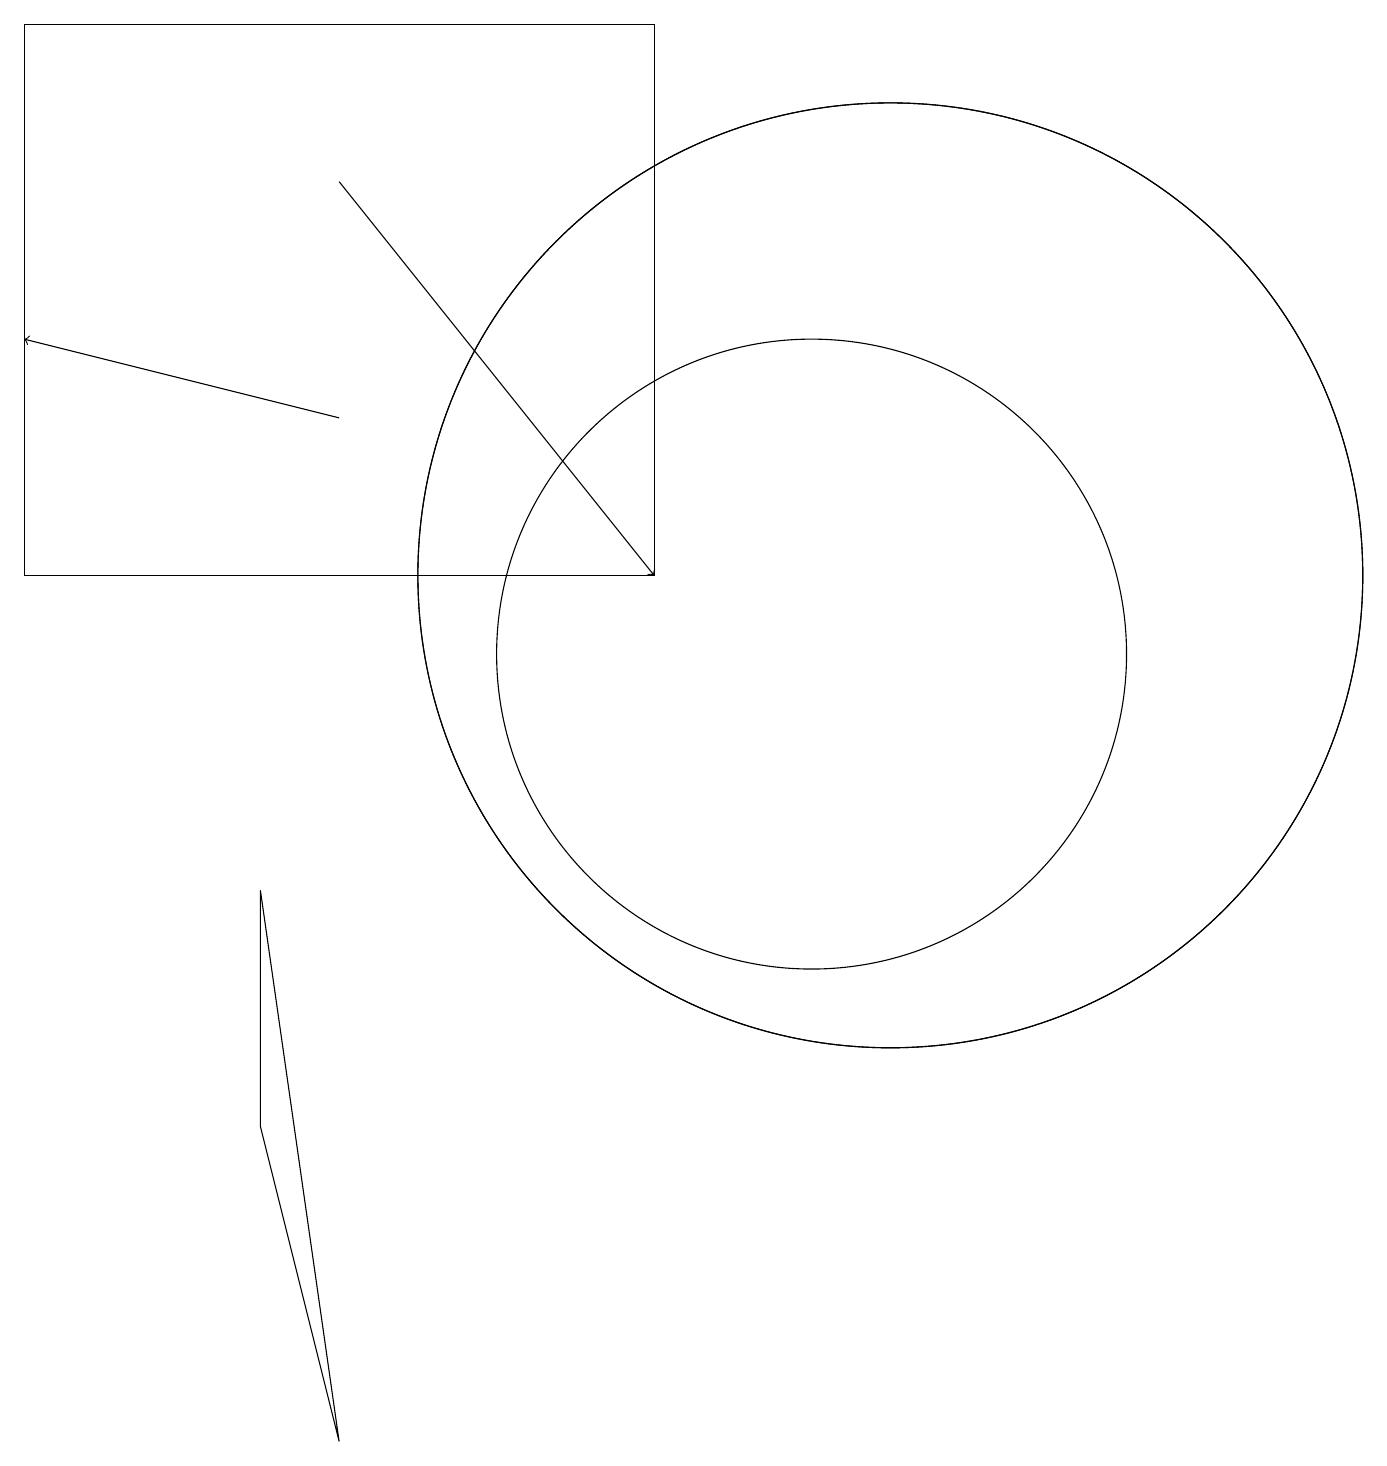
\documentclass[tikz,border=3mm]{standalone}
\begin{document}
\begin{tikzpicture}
\draw (11,11) circle (6);
\draw[->] (4,13) -- (0,14);
\draw[->] (4,16) -- (8,11);
\draw (8,11) rectangle (0,18);
\draw (10,10) circle (4);
\draw (4,0) -- (3,4) -- (3,7) -- cycle;
\draw (11,11) circle (6);
\draw (10,11) circle (0);
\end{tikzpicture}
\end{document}